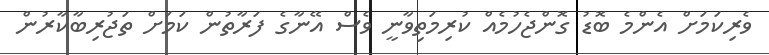
ވެރިކަމަށް އެެންމެ ބޮޑު ގޮންޖެހުމެއް ކުރިމަތިވާނީ ވެސް އޭނާގެ ފަރާތުން ކަމަށް ތަޖުރިބާކާރުން